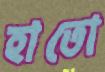
হাতো